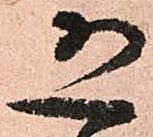
恐